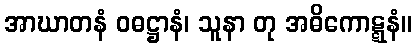
အာဃာတနံ ဝဓဋ္ဌာနံ၊ သူနာ တု အဓိကောဋ္ဋနံ။